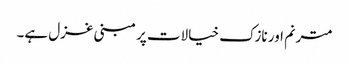
مترنم اور نازک خیالات پر مبنی غزل ہے۔